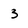
Character: 3